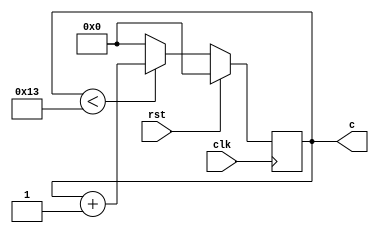
/*****************************************************************************************************
* Description:                 Counter for Demo
- When rst==1, then the counter returns to 0
- The counter counts from 0 to 19 at every rising edge of clk
- After it reaches 19, the next rising edge the counter resets to 0
*
*
*
* Rev History:
*       <Author>        <Date>        <Hardware>     <Version>        <Description>
*     Dengxue Yan   2016-09-09 23:00       --           1.00             Create
*****************************************************************************************************/
`timescale 1ns / 1ps

module Counter(
    rst,
    clk,
    c
);

    input rst;
    input  clk;
    output [4:0] c;
    reg    [4:0] c = 5'h00;

    always @ (posedge clk)
    begin
        if (rst)
        begin
            c <= 5'h00;
        end
        else
        begin
            if (c < 5'h13)
            begin
                c <= c + 1;
            end
            else
            begin
                c <= 5'h00;
            end
        end
    end

endmodule